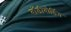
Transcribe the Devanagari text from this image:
बॉडीबोर्डिंग